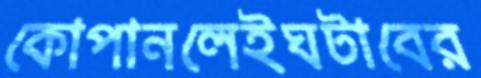
কোপানলেইঘটাবের